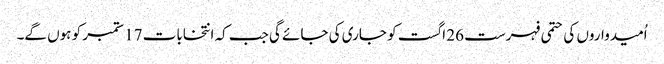
اُمیدواروں کی حتمی فہرست 26 اگست کو جاری کی جائے گی جب کہ انتخابات 17 ستمبر کو ہوں گے۔